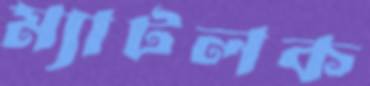
ম্যাটলক